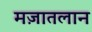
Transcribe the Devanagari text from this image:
मज़ातलान